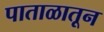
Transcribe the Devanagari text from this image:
पाताळातून